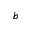
b